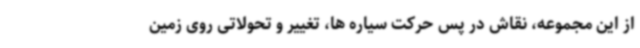
از این مجموعه، نقاش در پس حرکت سیاره ها، تغییر و تحولاتی روی زمین